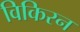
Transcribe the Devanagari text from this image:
विकिरन